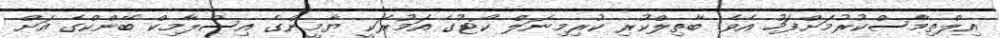
އިލްތިމާސްކުރުމަށްފަހު އެވެ. ބާތިލްކުރި ކުރިމިނަލް ކޯޓުގެ އަމުރަކީ ޔާމީންގެ އިސްލާމިކް ބޭންކްގެ އަށް